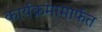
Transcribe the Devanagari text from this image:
कार्यक्रमामार्फत